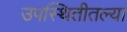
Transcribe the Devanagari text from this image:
उपस्थितीतल्या